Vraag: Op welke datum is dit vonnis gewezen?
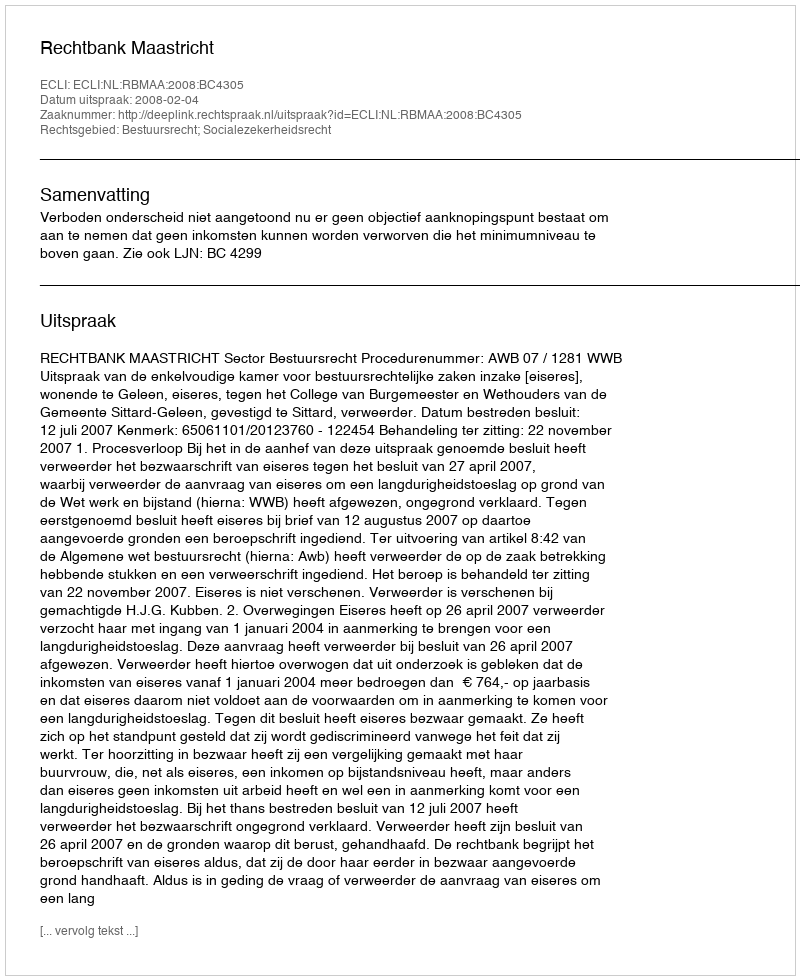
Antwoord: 2008-02-04